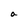
Character: a